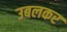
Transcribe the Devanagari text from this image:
उबलकर